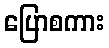
ပြောစကား